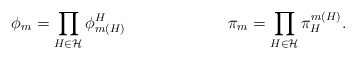
\begin{align*}\phi_m & = \prod_{H\in\mathcal{H}} \phi^H_{m(H)} &\pi_m & = \prod_{H\in\mathcal{H}} \pi_H^{m(H)}.\end{align*}